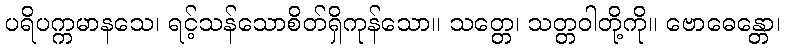
ပရိပက္ကမာနသေ၊ ရင့်သန်သောစိတ်ရှိကုန်သော။ သတ္တေ၊ သတ္တဝါတို့ကို။ ဗောဓေန္တော၊